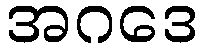
အဂဒေ